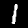
Label: 1